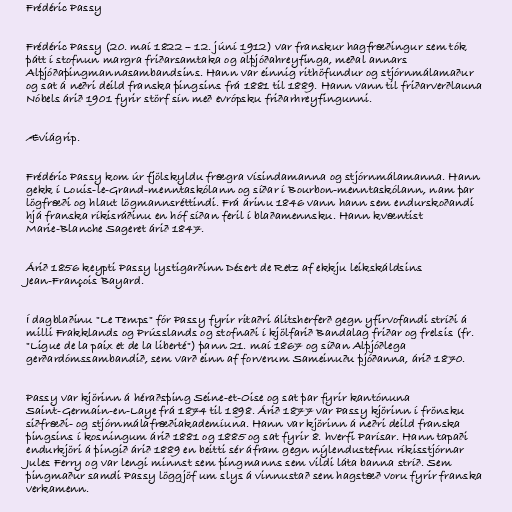
Frédéric Passy

Frédéric Passy (20. maí 1822 – 12. júní 1912) var franskur hagfræðingur sem tók
þátt í stofnun margra friðarsamtaka og alþjóðahreyfinga, meðal annars
Alþjóðaþingmannasambandsins. Hann var einnig rithöfundur og stjórnmálamaður
og sat á neðri deild franska þingsins frá 1881 til 1889. Hann vann til friðarverðlauna
Nóbels árið 1901 fyrir störf sín með evrópsku friðarhreyfingunni.

Æviágrip.

Frédéric Passy kom úr fjölskyldu frægra vísindamanna og stjórnmálamanna. Hann
gekk í Louis-le-Grand-menntaskólann og síðar í Bourbon-menntaskólann, nam þar
lögfræði og hlaut lögmannsréttindi. Frá árinu 1846 vann hann sem endurskoðandi
hjá franska ríkisráðinu en hóf síðan feril í blaðamennsku. Hann kvæntist
Marie-Blanche Sageret árið 1847.

Árið 1856 keypti Passy lystigarðinn Désert de Retz af ekkju leikskáldsins
Jean-François Bayard.

Í dagblaðinu "Le Temps" fór Passy fyrir ritaðri álitsherferð gegn yfirvofandi stríði á
milli Frakklands og Prússlands og stofnaði í kjölfarið Bandalag friðar og frelsis (fr.
"Ligue de la paix et de la liberté") þann 21. maí 1867 og síðan Alþjóðlega
gerðardómssambandið, sem varð einn af forverum Sameinuðu þjóðanna, árið 1870.

Passy var kjörinn á héraðsþing Seine-et-Oise og sat þar fyrir kantónuna
Saint-Germain-en-Laye frá 1874 til 1898. Árið 1877 var Passy kjörinn í frönsku
siðfræði- og stjórnmálafræðiakademíuna. Hann var kjörinn á neðri deild franska
þingsins í kosningum árið 1881 og 1885 og sat fyrir 8. hverfi Parísar. Hann tapaði
endurkjöri á þingið árið 1889 en beitti sér áfram gegn nýlendustefnu ríkisstjórnar
Jules Ferry og var lengi minnst sem þingmanns sem vildi láta banna stríð. Sem
þingmaður samdi Passy löggjöf um slys á vinnustað sem hagstæð voru fyrir franska
verkamenn.